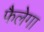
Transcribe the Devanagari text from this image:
फैलेगा